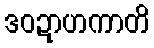
ဒဝဍာဟကာတိ